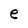
Character: e